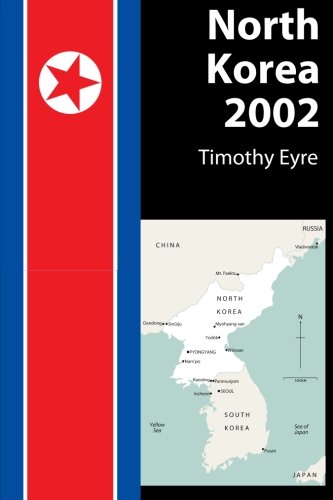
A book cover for North Korea 2002; Timothy Eyre; Travel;